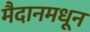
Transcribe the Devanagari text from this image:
मैदानमधून